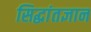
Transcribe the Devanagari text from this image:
सिद्धांतज्ञान